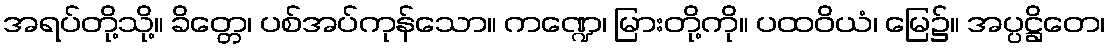
အရပ်တို့သို့။ ခိတ္တေ၊ ပစ်အပ်ကုန်သော။ ကဏ္ဍေ၊ မြားတို့ကို။ ပထဝိယံ၊ မြေ၌။ အပ္ပဋ္ဌိတေ၊